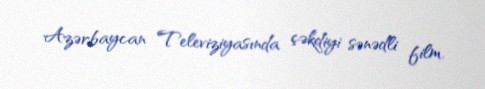
Azərbaycan Televiziyasında çəkdiyi sənədli film.